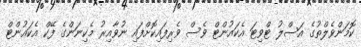
ކޮމަންވެލްތުގެ އަސްލު ޓްވިޓަ އެކައުންޓް ވެސް ވެރިފައިކޮށްފައި ނުވާއިރު މެކިނަންގެ ފޭކް އެކައުންޓް